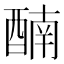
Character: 𨡯